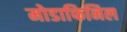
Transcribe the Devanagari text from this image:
मोडाफिनिल